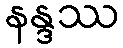
နန္ဒဿ